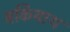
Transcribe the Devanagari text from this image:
बकियाथ